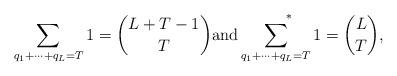
LaTeX: \begin{align*}\sum_{q_1+\cdots +q_L= T} 1 = {L+T-1 \choose T}\mbox{and} \sum_{q_1+\cdots +q_L=T}^{\ \ \ \ \ *} 1 = {L\choose T},\end{align*}